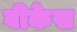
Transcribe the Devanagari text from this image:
बीकेस